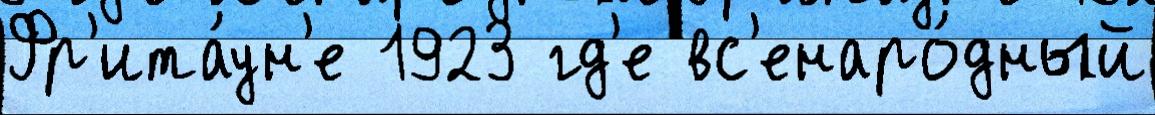
Фр'ита́ун'е 1923 гд'е вс'енаро́дный